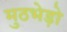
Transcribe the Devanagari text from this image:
मुठभेड़ो